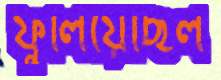
ফুলিয়েছিল